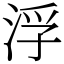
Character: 浮